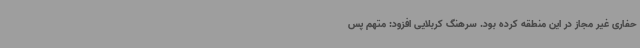
حفاری غیر مجاز در این منطقه کرده بود. سرهنگ کربلایی افزود: متهم پس